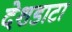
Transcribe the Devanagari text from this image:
देशडाटा